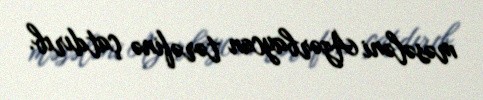
məsələni Azərbaycan tərəfinə çatdırıb.